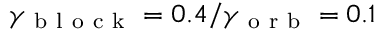
\gamma _ { \mathrm { ~ b ~ l ~ o ~ c ~ k ~ } } = 0 . 4 / \gamma _ { \mathrm { ~ o ~ r ~ b ~ } } = 0 . 1